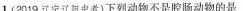
1.(2019辽宁辽阳中考)下列动物不是腔肠动物的是